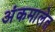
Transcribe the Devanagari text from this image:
अंकमालेत